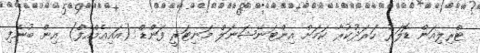
ޓްރިލިއަން ޑޮލަރު ހަރަދުކުރާ ކަމަށް އިންޓަނޭޝަނަލް މަނިޓަރީ ފަންޑް (އައިއެމްއެފް) އިން ބުނެފި